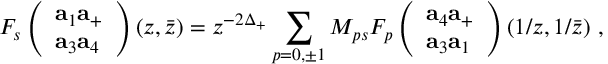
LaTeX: F _ { s } \left( \begin{array} { l } { { { \bf a } _ { 1 } { \bf a } _ { + } } } \\ { { { \bf a } _ { 3 } { \bf a } _ { 4 } } } \end{array} \right) ( z , \bar { z } ) = z ^ { - 2 \Delta _ { + } } \sum _ { p = 0 , \pm 1 } M _ { p s } F _ { p } \left( \begin{array} { l } { { { \bf a } _ { 4 } { \bf a } _ { + } } } \\ { { { \bf a } _ { 3 } { \bf a } _ { 1 } } } \end{array} \right) ( 1 / z , 1 / \bar { z } ) ~ ,